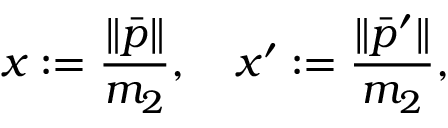
x : = \frac { \| \bar { p } \| } { m _ { 2 } } , \quad x ^ { \prime } : = \frac { \| \bar { p } ^ { \prime } \| } { m _ { 2 } } , \quad